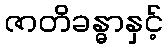
ဇာတိခန္ဓာနှင့်